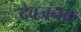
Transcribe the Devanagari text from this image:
देवजनक